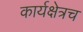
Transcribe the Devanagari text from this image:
कार्यक्षेत्रच